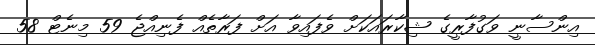
އިންސާނީ ވަގުފާރީގެ ޝިކާރައަކަށް ވެފައިވާ އަށް ފަރާތެއް ފެނިއްޖެ 59 މިނެޓް 58